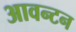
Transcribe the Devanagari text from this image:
आवन्टन